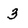
Character: 3